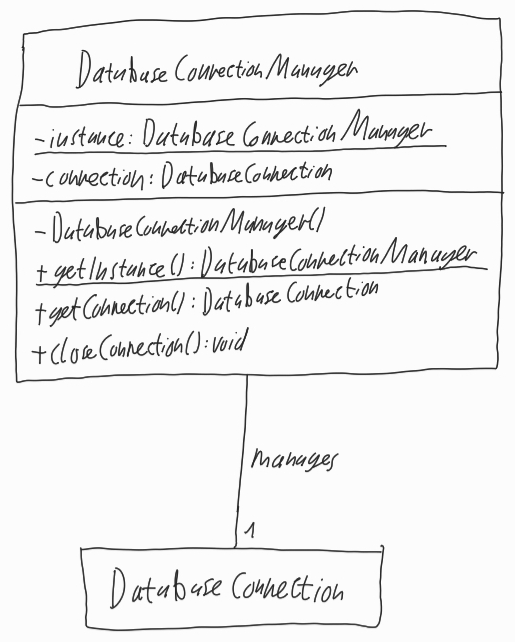
Diagram type: class_diagram
```plantuml
@startuml

class DatabaseConnectionManager {
  - {static} instance: DatabaseConnectionManager
  - connection: DatabaseConnection
  - DatabaseConnectionManager()
  + {static} getInstance(): DatabaseConnectionManager
  + getConnection(): DatabaseConnection
  + closeConnection(): void
}

class DatabaseConnection

DatabaseConnectionManager -- "1" DatabaseConnection : manages

@enduml
```